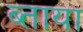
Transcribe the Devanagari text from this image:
ब्ताया